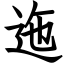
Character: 迤